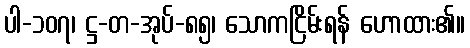
ပါ-၁၀၇၊ ဋ္ဌ-တ-အုပ်-၈၅၊ သောကငြိမ်းရန် ဟောထား၏။